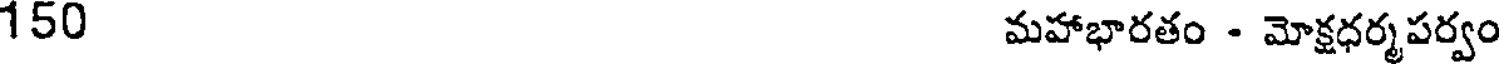
150 మహాభారతం - మోక్షధర్మపర్వం